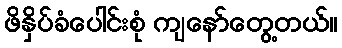
ဖိနှိပ်ခံပေါင်းစုံ ကျနော်တွေ့တယ်။